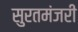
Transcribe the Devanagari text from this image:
सुरतमंजरी